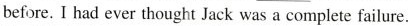
before. I had ever thought Jack was a complete failure.